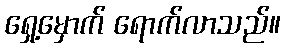
ရှေ့မှောက် ရောက်လာသည်။